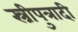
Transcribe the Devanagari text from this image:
स्त्रीपुत्रादी